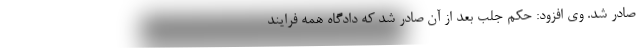
صادر شد. وی افزود: حکم جلب بعد از آن صادر شد که دادگاه همه فرایند